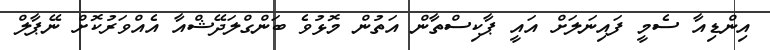
އިންޑިއާ ސެމީ ފައިނަލަށް އައީ ޕާކިސްތާން އަތުން މޮޅުވެ ބަންގްލަދޭޝްއާ އެއްވަރުކޮށް ނޭޕާލް